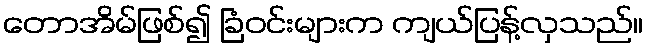
တောအိမ်ဖြစ်၍ ခြံဝင်းများက ကျယ်ပြန့်လှသည်။